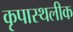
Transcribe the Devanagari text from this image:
कृपास्थलीक